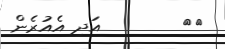
٦٨        އަދި އެއުރެން